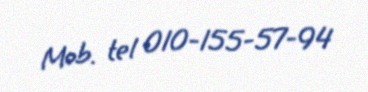
Mob. tel 010-155-57-94